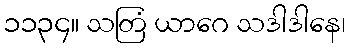
၁၁၃၄။ သတြံ ယာဂေ သဒါဒါနေ၊